Elephants and their diseases
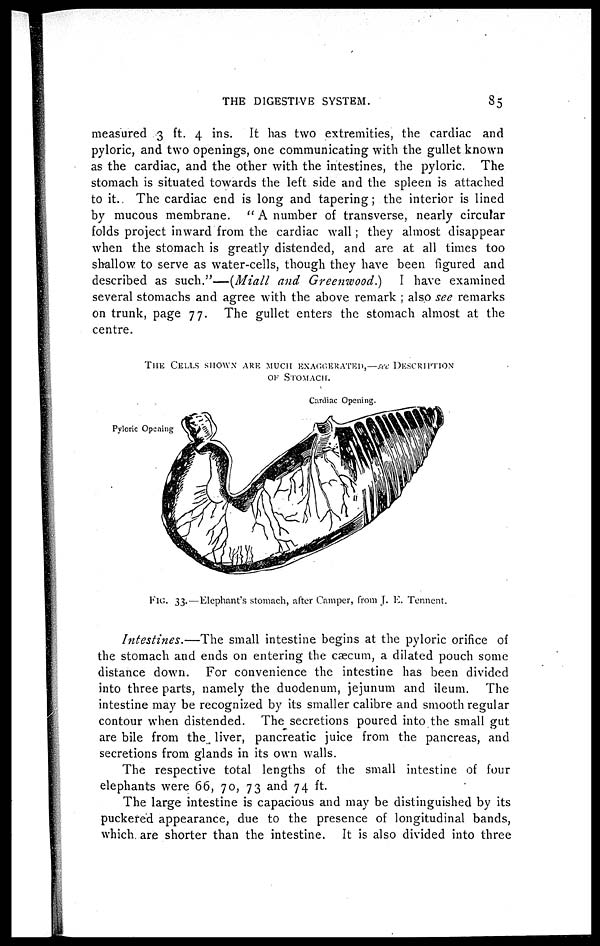
THE DIGESTIVE SYSTEM.
85
measured 3 ft. 4 ins. It has two extremities, the cardiac and
pyloric, and two openings, one communicating with the gullet known
as the cardiac, and the other with the intestines, the pyloric. The
stomach is situated towards the left side and the spleen is attached
to it. The cardiac end is long and tapering; the interior is lined
by mucous membrane. " A number of transverse, nearly circular
folds project inward from the cardiac wall; they almost disappear
when the stomach is greatly distended, and are at all times too
shallow to serve as water-cells, though they have been figured and
described as such."—(Miall and Greenwood.)
I have examined
several stomachs and agree with the above remark ; also see remarks
on trunk, page 77. The gullet enters the stomach almost at the
centre.
THE Cells SHOWN ARE MUCH EXAGGERATED,—see DESCRIPTION
OF STOMACH.
Intestines.—The
small intestine begins at the pyloric orifice of
the stomach and ends on entering the caecum, a dilated pouch some
distance down. For convenience the intestine has been divided
into three parts, namely the duodenum, jejunum and ileum. The
intestine may be recognized by its smaller calibre and smooth regular
contour when distended. The secretions poured into the small gut
are bile from the liver, pancreatic juice from the pancreas, and
secretions from glands in its own walls.
The respective total lengths of the small intestine of four
elephants were 66, 70, 73 and 74 ft.
The large intestine is capacious and may be distinguished by its
puckered appearance, due to the presence of longitudinal bands,
which are shorter than the intestine. It is also divided into three
FIG. 33.—Elephant's stomach, after Camper, from J. E. Tennent.